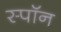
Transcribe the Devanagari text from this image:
स्पॉन